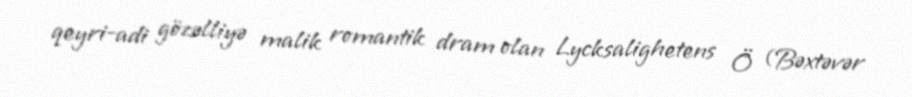
qeyri-adi gözəlliyə malik romantik dram olan Lycksalighetens Ö (Bəxtəvər